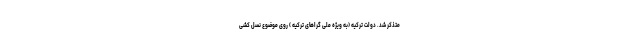
متذکر شد. دولت ترکیه (به ویژه ملی گراهای ترکیه ) روی موضوع نسل کشی